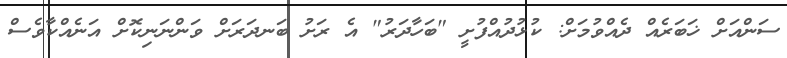
ސަންއަށް ޚަބަރެއް ދެއްވުމަށް: ކުޅުދުއްފުށީ "ބަހާދަރު" އެ ރަށު ބަނދަރަށް ވަންނަނިކޮށް އަނެއްކާވެސް